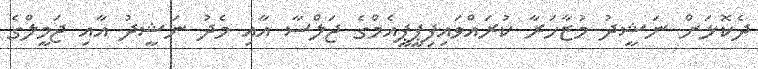
ދެކޮޅަށް ނަޝީދު މުޒާހަރާ ކުރައްވައިފިޕީޕީއެމްގެ ޖަލްސާ އާއި މެދު ނަޝީދު އާއި ޖަމީލްގެ